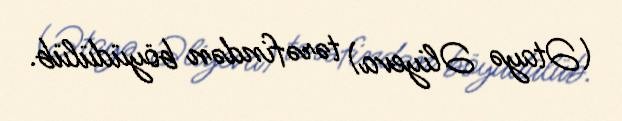
(Ətayə Əliyeva) tərəfindən böyüdülüb.